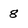
Character: 8